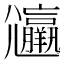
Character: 𡰟